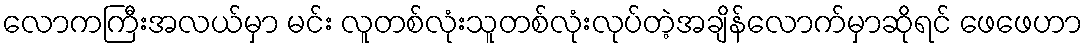
လောကကြီးအလယ်မှာ မင်း လူတစ်လုံးသူတစ်လုံးလုပ်တဲ့အချိန်လောက်မှာဆိုရင် ဖေဖေဟာ